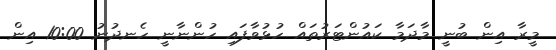
މީރާ އިން ބުނީ މާދަމާ ކައުންޓަރުތައް ހުޅުވާފައި ހުންނާނީ ހެނދުނު 10:00 އިން